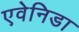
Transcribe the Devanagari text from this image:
एवेनिडा